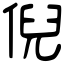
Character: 倪